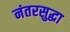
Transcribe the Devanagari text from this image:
नंतरसुद्धा